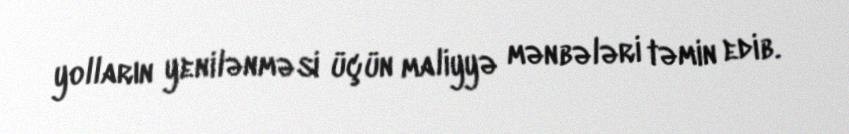
yolların yenilənməsi üçün maliyyə mənbələri təmin edib.